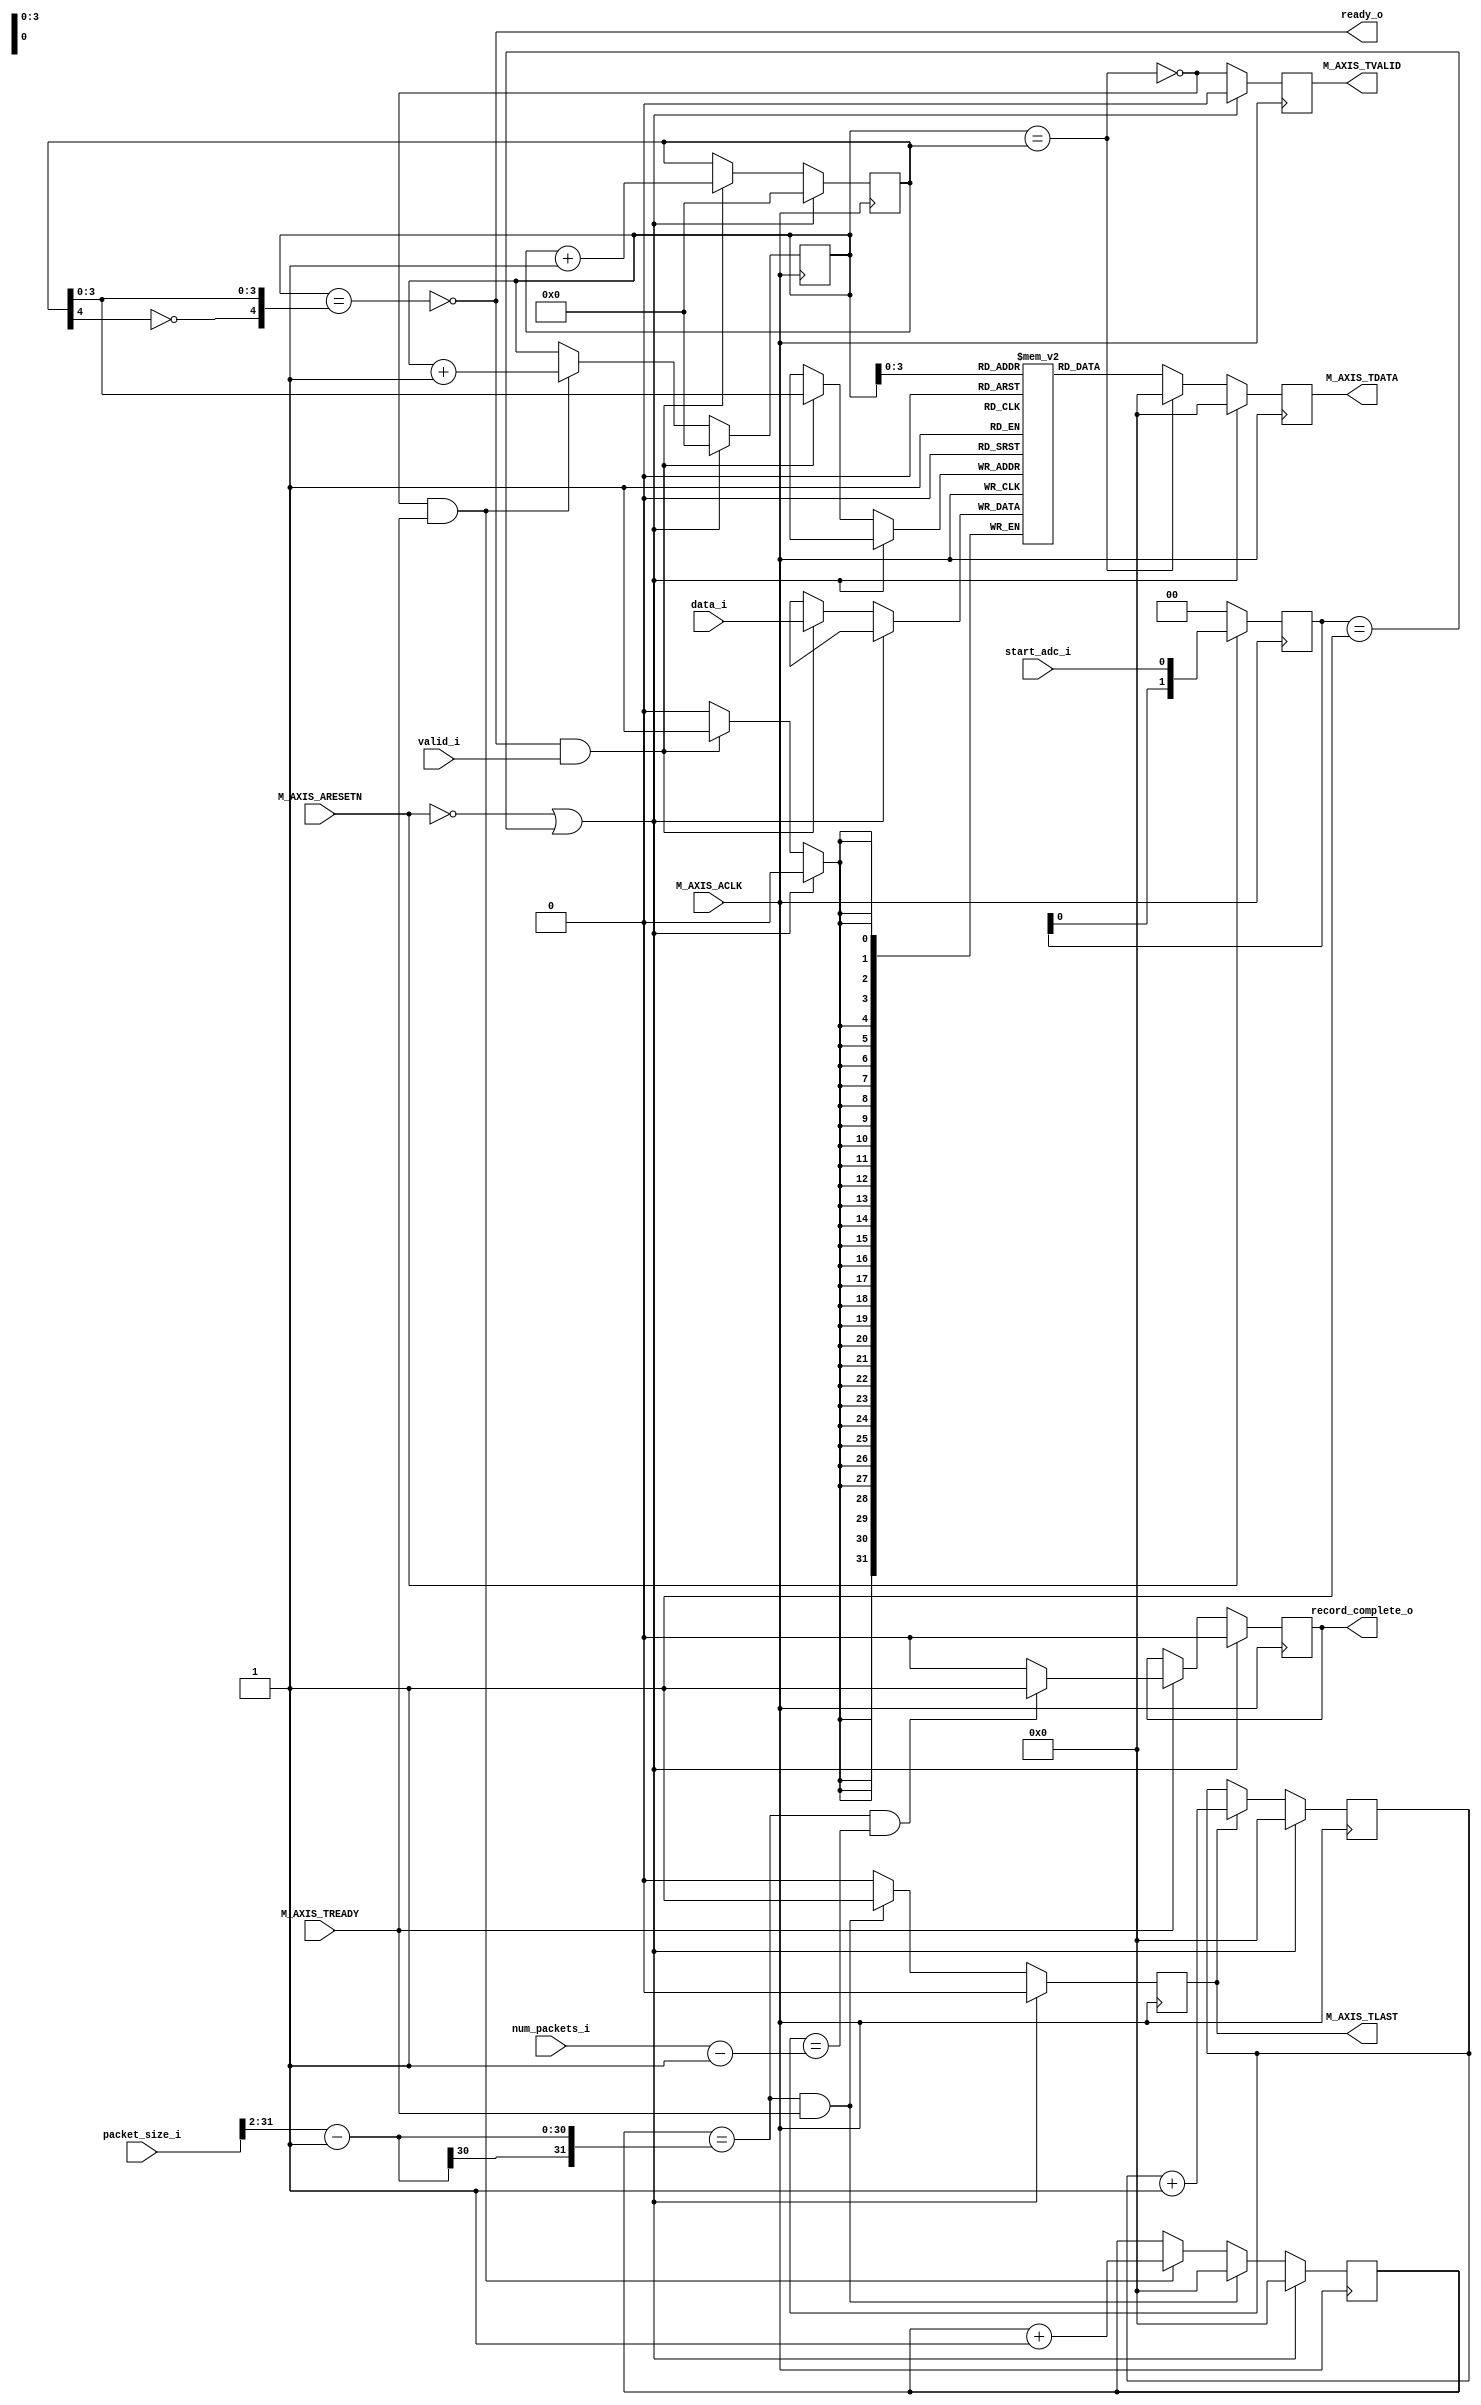

`timescale 1 ns / 1 ps

	module ad9648_axi_wrapper_v1_0_M0_AXIS #
	(
		// Users to add parameters here

		// User parameters ends
		// Do not modify the parameters beyond this line

		// Width of S_AXIS address bus. The slave accepts the read and write addresses of width C_M_AXIS_TDATA_WIDTH.
		parameter integer C_M_AXIS_TDATA_WIDTH	= 32,
		parameter integer FIFO_WIDTH = 16
	)
	(
		// Users to add ports here
		input [31:0] num_packets_i, //num packets
		input [31:0] packet_size_i, //packet size in bytes 
		input [C_M_AXIS_TDATA_WIDTH-1:0] data_i,
		input valid_i,
		output ready_o,
		input start_adc_i,
		output wire record_complete_o,
		// User ports ends
		// Do not modify the ports beyond this line

		// Global ports
		input wire  M_AXIS_ACLK,
		// 
		input wire  M_AXIS_ARESETN,
		// Master Stream Ports. TVALID indicates that the master is driving a valid transfer, A transfer takes place when both TVALID and TREADY are asserted. 
		output wire  M_AXIS_TVALID,
		// TDATA is the primary payload that is used to provide the data that is passing across the interface from the master.
		output wire [C_M_AXIS_TDATA_WIDTH-1 : 0] M_AXIS_TDATA,
		// TSTRB is the byte qualifier that indicates whether the content of the associated byte of TDATA is processed as a data byte or a position byte.
		// output wire [(C_M_AXIS_TDATA_WIDTH/8)-1 : 0] M_AXIS_TSTRB,
		// TLAST indicates the boundary of a packet.
		output wire  M_AXIS_TLAST,
		// TREADY indicates that the slave can accept a transfer in the current cycle.
		input wire  M_AXIS_TREADY
	);

	// Add user logic here
	reg [1:0] front_det;
	wire start_adc_d;

	always @(posedge M_AXIS_ACLK) begin
		if (!M_AXIS_ARESETN)
			front_det <= 2'b00;
		else
			front_det <= {front_det[0], start_adc_i};
	end
	
    wire [31:0] word_num_d = {2'b00, packet_size_i[31:2]};
    
    wire fifo_empty_d, fifo_full_d;
    wire [C_M_AXIS_TDATA_WIDTH-1:0] fifo_dout_d;
    wire fifo_valid_d;
    
    reg [C_M_AXIS_TDATA_WIDTH-1:0] fifo_q[0:FIFO_WIDTH-1];
    reg [$clog2(FIFO_WIDTH):0] rptr_q, wptr_q;
    reg [31:0] word_cnt_q;
    reg [31:0] pkt_cnt_q;
    reg [C_M_AXIS_TDATA_WIDTH-1:0] m_axis_data_q;
    reg pkt_sent_q;
    reg record_complete_q;
    reg m_axis_valid_q;
    
    assign fifo_empty_d = (rptr_q == wptr_q);
    assign fifo_full_d = (rptr_q == {~wptr_q[$clog2(FIFO_WIDTH)], {wptr_q[$clog2(FIFO_WIDTH)-1:0]}});
    
    always @(posedge M_AXIS_ACLK) begin
        if (!M_AXIS_ARESETN || start_adc_d) begin
            wptr_q <= 0;
        end else if (ready_o && valid_i) begin
            fifo_q[wptr_q[$clog2(FIFO_WIDTH)-1:0]] <= data_i;
            wptr_q <= wptr_q + 1'b1;    
        end
    end
    
    always @(posedge M_AXIS_ACLK) begin
        if (!M_AXIS_ARESETN || start_adc_d) begin
            rptr_q <= 0;
        end else if (fifo_valid_d && M_AXIS_TREADY) begin
            rptr_q <= rptr_q + 1'b1;
        end
    end
    
    assign fifo_dout_d =  fifo_valid_d ? fifo_q[rptr_q[$clog2(FIFO_WIDTH)-1:0]] : 0;
    assign fifo_valid_d = ~fifo_empty_d;
    
    always @(posedge M_AXIS_ACLK) begin
        if (!M_AXIS_ARESETN || start_adc_d) begin
            word_cnt_q <= 0;
        end else begin
            if ((word_cnt_q == word_num_d-1) && M_AXIS_TREADY)
                word_cnt_q <= 0;
            else if (fifo_valid_d && M_AXIS_TREADY)
                word_cnt_q <= word_cnt_q + 1'b1;
        end
    end
    
    always @(posedge M_AXIS_ACLK) begin
        if (!M_AXIS_ARESETN || start_adc_d) begin
            pkt_sent_q <= 1'b0;
        end else begin
            if ((word_cnt_q == word_num_d-1)&& M_AXIS_TREADY)
                pkt_sent_q <= 1'b1;
            else 
                pkt_sent_q <= 1'b0;
        end
    end
    
    always @(posedge M_AXIS_ACLK) begin
        if (!M_AXIS_ARESETN || start_adc_d)
            pkt_cnt_q <= 0;
        else if (pkt_sent_q)
            pkt_cnt_q <= pkt_cnt_q + 1'b1;
    end
    
    always @(posedge M_AXIS_ACLK) begin
        if (!M_AXIS_ARESETN || start_adc_d)
            m_axis_data_q <= 0;
        else
            m_axis_data_q <= fifo_dout_d;
    end
    
    always @(posedge M_AXIS_ACLK) begin
        if (!M_AXIS_ARESETN || start_adc_d)
            record_complete_q <= 1'b0;
        else if (M_AXIS_TREADY) begin
            if ((word_cnt_q == word_num_d-1) && (pkt_cnt_q == num_packets_i-1))
                record_complete_q <= 1'b1;
            else
                record_complete_q <= 1'b0;
        end
    end
    
    always @(posedge M_AXIS_ACLK) begin
        if (!M_AXIS_ARESETN || start_adc_d)
            m_axis_valid_q <= 1'b0;
        else
            m_axis_valid_q <= fifo_valid_d;
    end
    
    
    assign M_AXIS_TDATA = m_axis_data_q;
    assign M_AXIS_TVALID = m_axis_valid_q;
    assign M_AXIS_TLAST = pkt_sent_q;
    assign ready_o = ~fifo_full_d;
    assign record_complete_o = record_complete_q;
	assign start_adc_d   = (front_det == 2'b01);
	// User logic ends

	endmodule